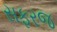
સફરજ